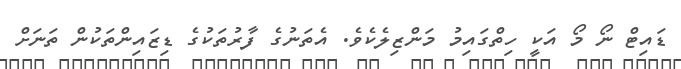
ޑައިޓް ނޯ މޯ އަކީ ހިތްގައިމު މަންޒިލެކެވެ. އެތަނުގެ ފާރުތަކުގެ ޑިޒައިންތަކުން ތަނަށް